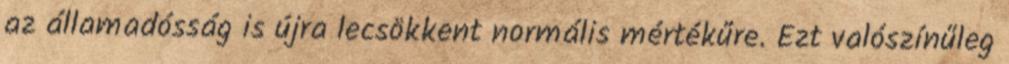
az államadósság is újra lecsökkent normális mértékűre. Ezt valószínűleg